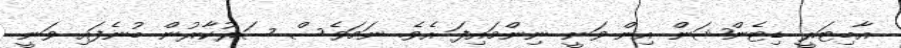
އާބިޓަރީ ޑިޓެންޝަން އިން ވަނީ ނިންމައިފަ އެވެ. ނަމަވެސް ސަރުކާރުން ބުނެފައި ވަނީ